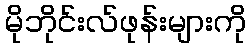
မိုဘိုင်းလ်ဖုန်းများကို